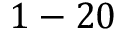
1 - 2 0